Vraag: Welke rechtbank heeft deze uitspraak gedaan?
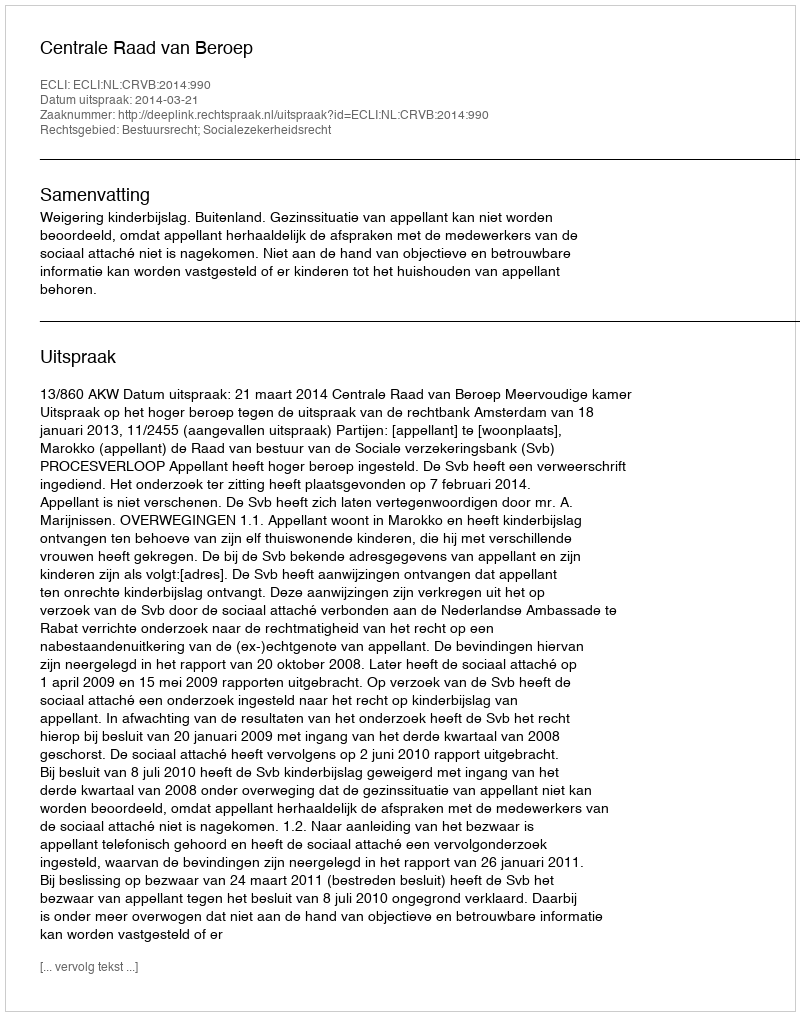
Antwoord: Centrale Raad van Beroep